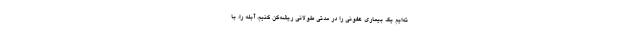
ته‌ایم یک بیماری عفونی را در مدتی طولانی ریشه‌کن کنیم، آبله را، با